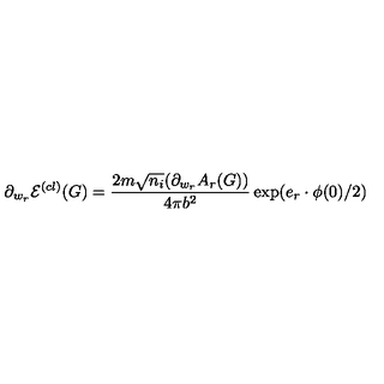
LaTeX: \partial _ { w _ { r } } \mathcal { E } ^ { ( c l ) } ( G ) = \frac { 2 m \sqrt { n _ { i } } ( \partial _ { w _ { r } } A _ { r } ( G ) ) } { 4 \pi b ^ { 2 } } \exp ( e _ { r } \cdot \phi ( 0 ) / 2 )